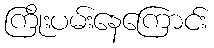
ကြိုးပမ်းနေကြောင်း